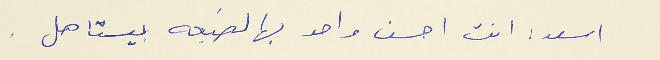
اسعد : انت احسن واحد بهالضيعه بيستاهل .